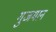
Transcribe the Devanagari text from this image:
गुजमान